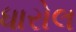
ધારોલ